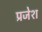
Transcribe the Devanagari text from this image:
प्रजेश